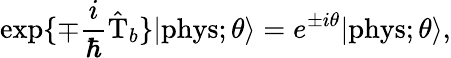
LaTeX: \exp\{ \mp\frac{i}{\hbar}\hat{\mathrm{T}}_{b}\} |\mathrm{phys};\theta\rangle=e^{\pm i\theta}|\mathrm{phys};\theta\rangle,